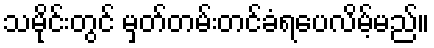
သမိုင်းတွင် မှတ်တမ်းတင်ခံရပေလိမ့်မည်။